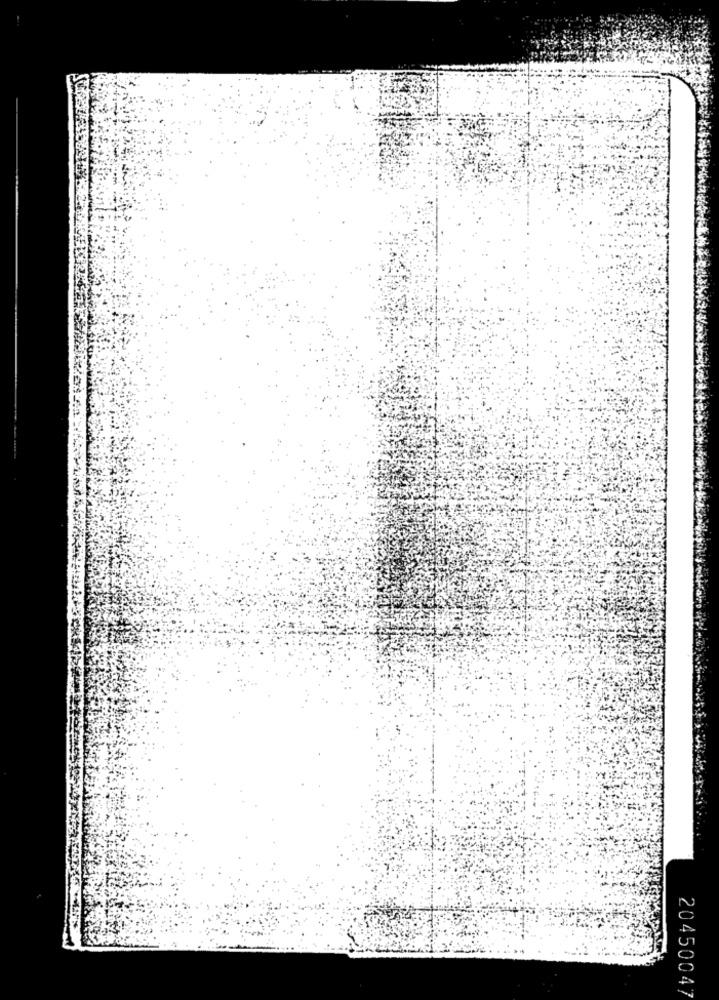
20450047